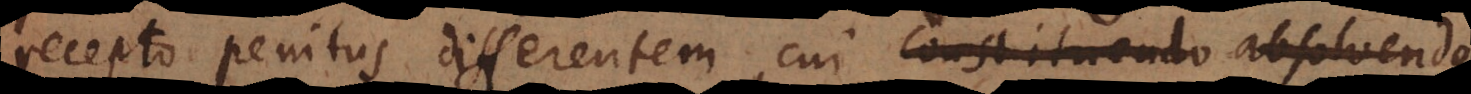
recepto penitus differentem, cui constituendo absolvendo